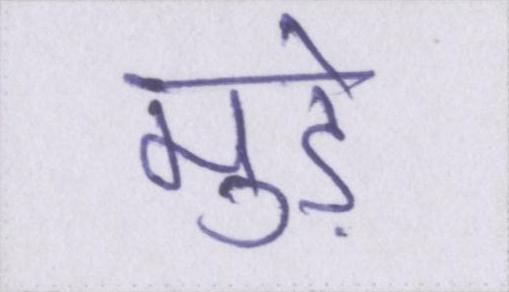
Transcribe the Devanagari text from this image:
मुड़े